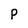
Character: P